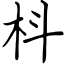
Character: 枓